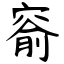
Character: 窬